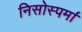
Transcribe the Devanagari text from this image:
निसोस्पर्मा